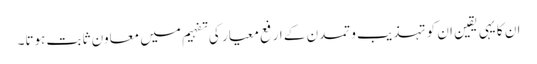
ان کا یہی یقین ان کو تہذیب و تمدن کے ارفع معیار کی تفہیم میں معاون ثابت ہوتا۔